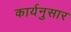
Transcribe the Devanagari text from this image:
कार्यनुसार